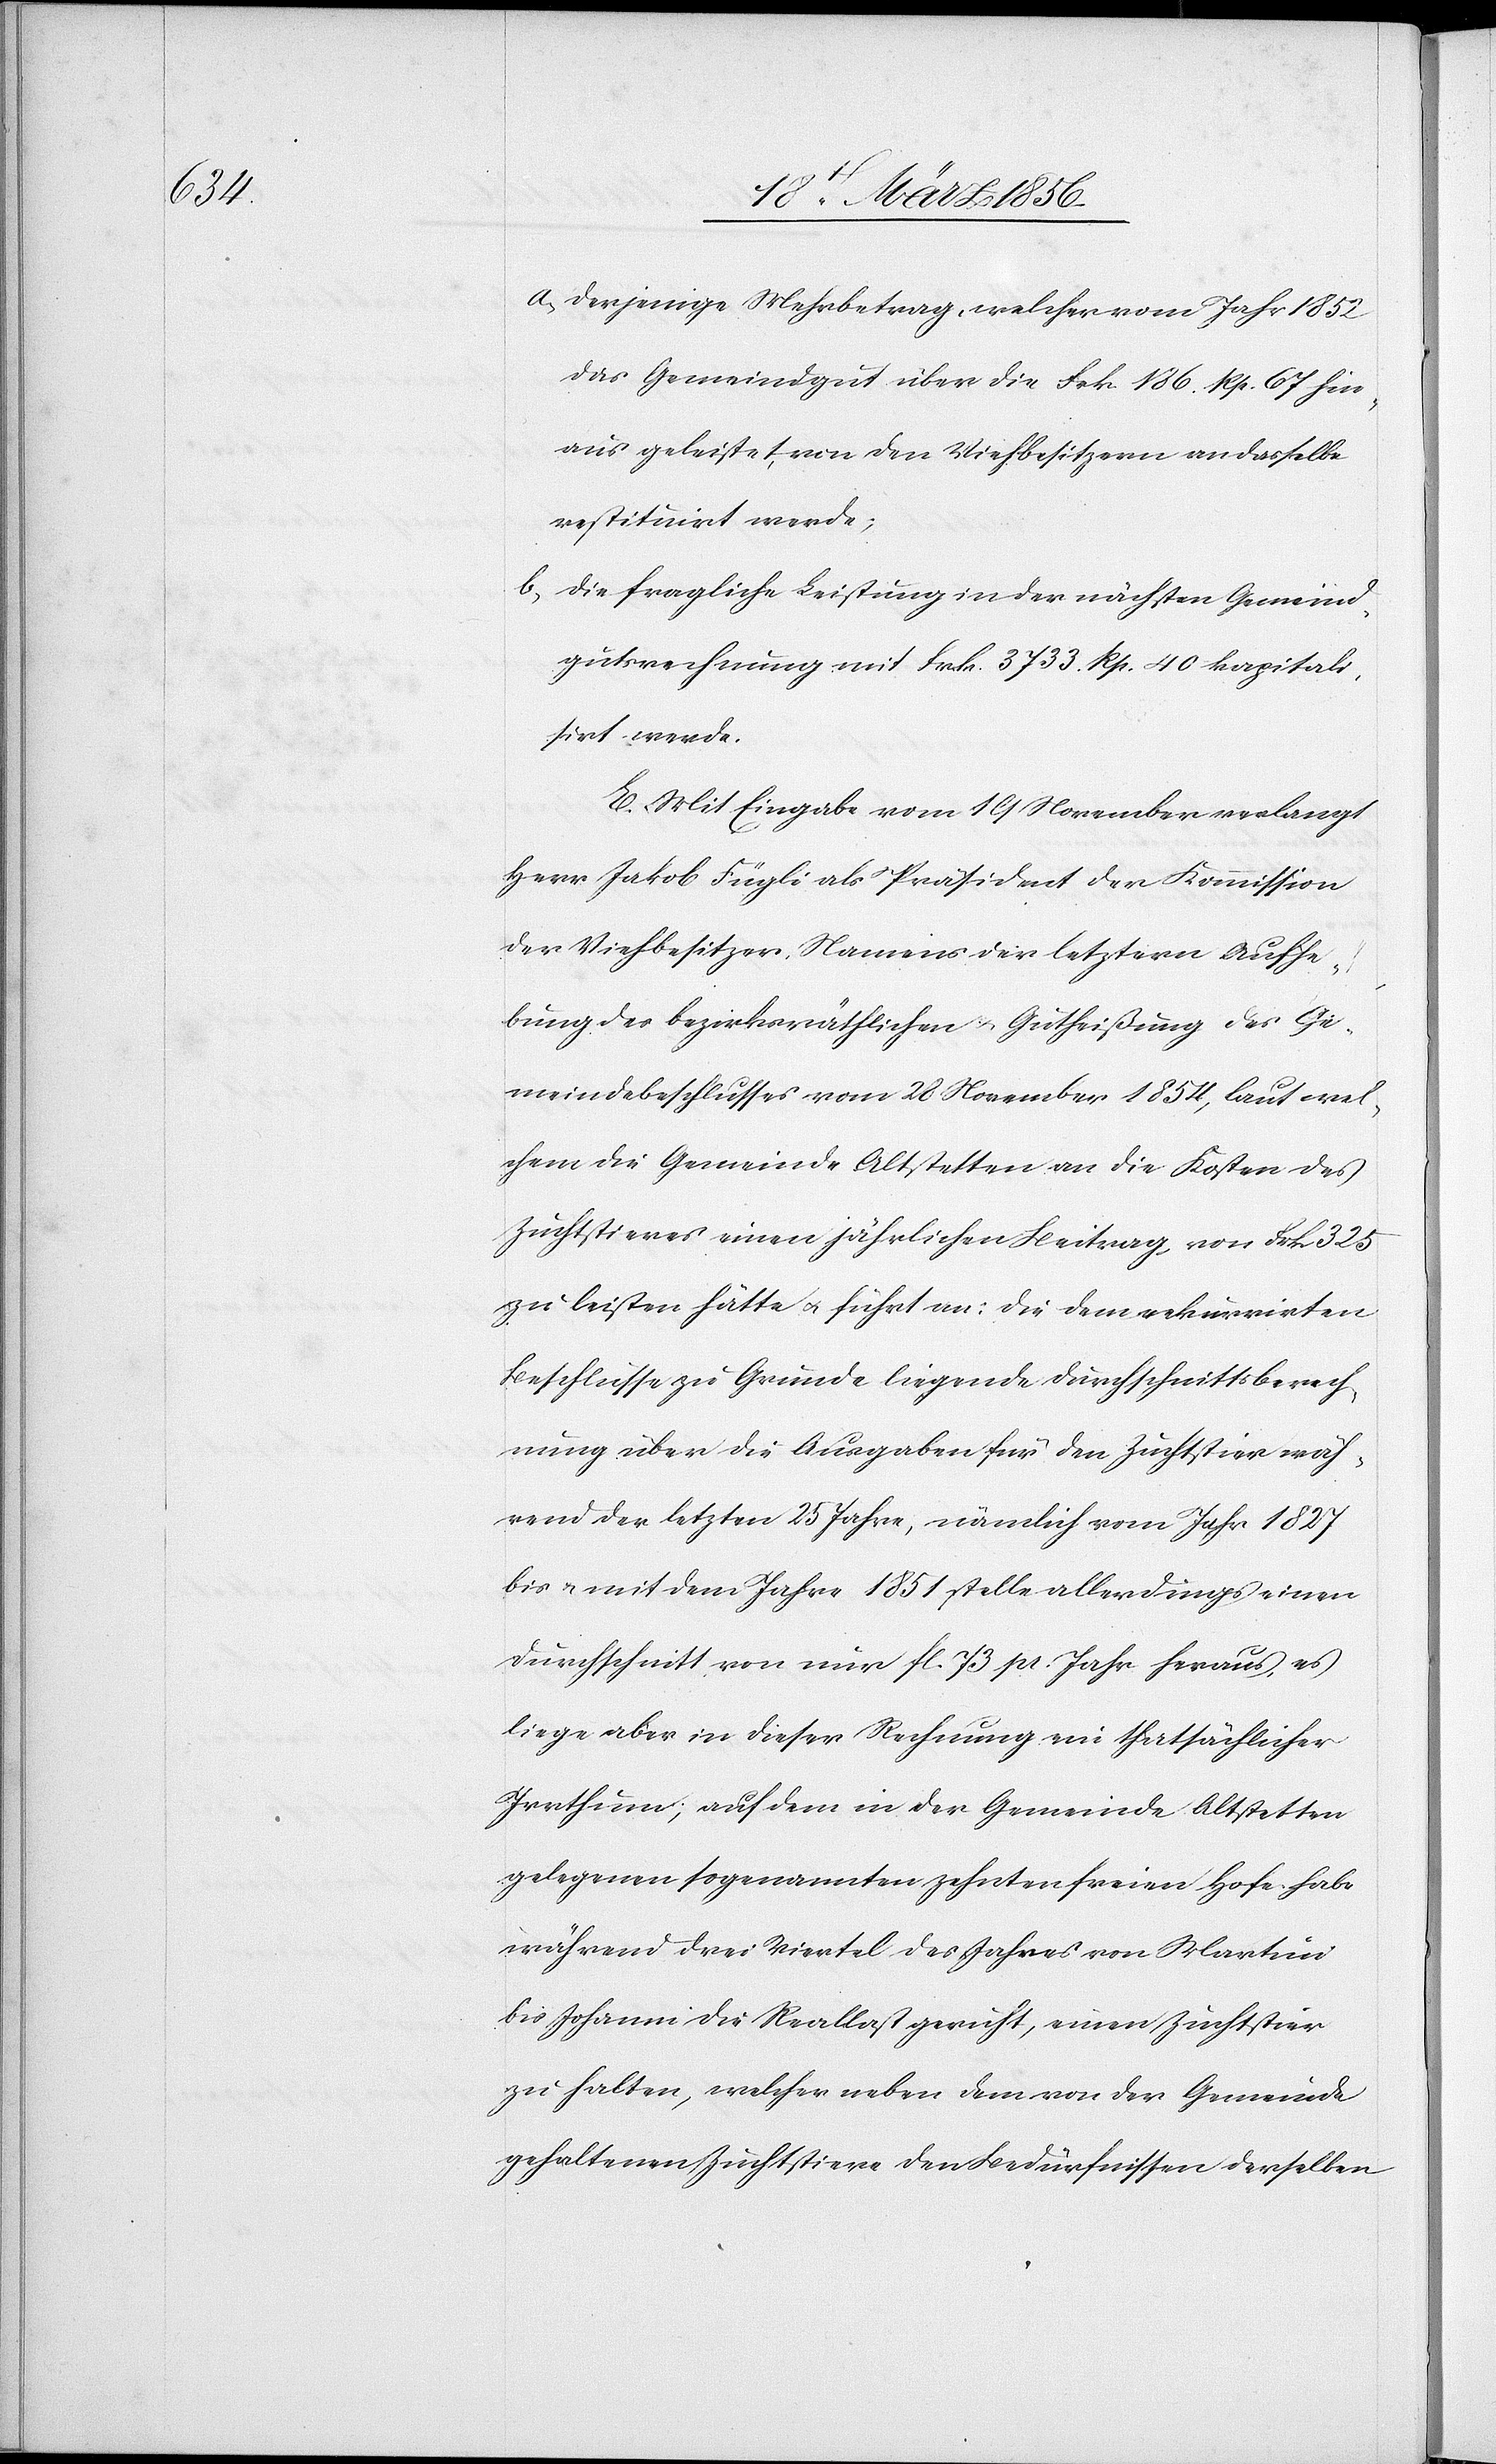
a., derjenige Mehrbetrag, welcher vom Jahr 1852
das Gemeindgut über die Frk. 186. Rp. 67 hin¬
aus geleistet, von den Viehbesitzern an dasselbe
restituirt werde;
b., die fragliche Leistung in der nächsten Gemeind¬
gutsrechnung mit Frk. 3733. Rp. 40 kapitali¬
sirt werde.
E. Mit Eingabe vom 19 November verlangt
Herr Jakob Fügli als Präsident der Kommission
der Viehbesitzer, Namens der letztern Aufhe¬
bung des bezirksräthlichen & Gutheißung des Ge¬
meindebeschlusses vom 28 November 1854, laut wel¬
chem die Gemeinde Altstetten an die Kosten des
Zuchtstieres einen jährlichen Beitrag, von Frk 325
zu leisten hätte u. führt an: Die dem rekurrirten
Beschlusse zu Grunde liegende Durchschnittsberech¬
nung über die Ausgaben für den Zuchtstier wäh¬
rend der letzten 25 Jahre, nämlich vom Jahr 1827
bis & mit dem Jahre 1851 stelle allerdings einen
Durchschnitt von nur fl. 73 pr. Jahr heraus, es
liege aber in dieser Rechnung ein thatsächlicher
Irrthum; auf dem in der Gemeinde Altstetten
gelegenen sogenannten zehntenfreien Hofe habe
während drei Viertel des Jahres von Martini
bis Johanni die Reallast geruht, einen Zuchtstier
zu halten, welcher neben dem von der Gemeinde
gehaltenen Zuchtstiere den Bedürfnissen derselben